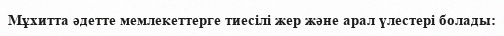
Мұхитта әдетте мемлекеттерге тиесілі жер және арал үлестері болады: